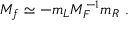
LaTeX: M _ { f } \simeq - m _ { L } M _ { F } ^ { - 1 } m _ { R } \ .